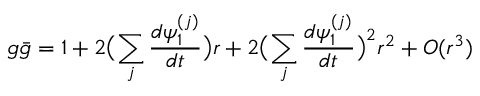
g \bar { g } = 1 + 2 \bigl ( \sum _ { j } \frac { d \psi _ { 1 } ^ { ( j ) } } { d t } \bigr ) r + 2 \bigl ( \sum _ { j } \frac { d \psi _ { 1 } ^ { ( j ) } } { d t } \bigr ) ^ { 2 } r ^ { 2 } + O ( r ^ { 3 } )